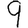
Digit: 9